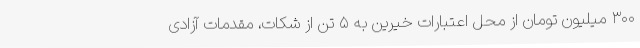
۳۰۰ میلیون تومان از محل اعتبارات خیرین به ۵ تن از شکات، مقدمات آزادی